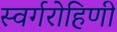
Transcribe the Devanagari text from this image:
स्वर्गरोहिणी